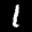
Label: 1